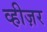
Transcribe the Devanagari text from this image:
व्हीज़र